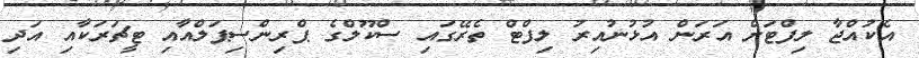
އެކުއްޖާ ލިފްޓަށް އަރަން އުޅުނުއިރު ލިފްޓް ތެރޭގައި ސްކޫލްގެ ޕްރިންސިޕަލްއާއި ޓީޗަރަކާއި އަދި